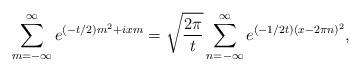
LaTeX: \begin{align*}\sum_{m=-\infty}^\infty e^{(-t/2)m^2+ixm}=\sqrt{\frac{2\pi}{t}}\sum_{n=-\infty}^{\infty}e^{(-1/2t)(x-2\pi n)^2},\end{align*}